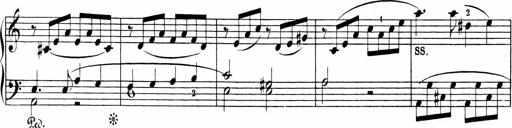
Title: Sonatinen Op.47, 98 und 136, nebst 6 Liedersonatinen
Composer: Carl Reinecke